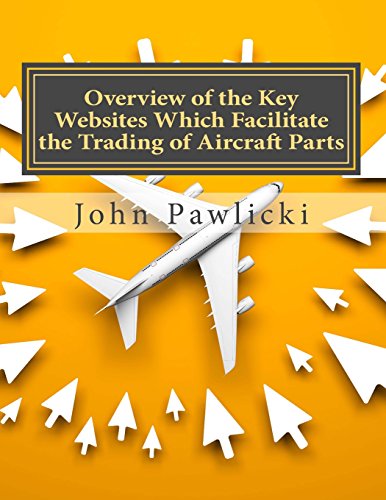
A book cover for Overview of the Key Websites Which Facilitate the Trading of Aircraft Parts; John Pawlicki; Business & Money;